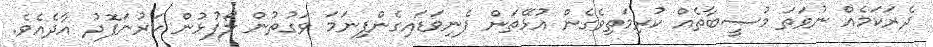
ދެރަކަމެއް ނުވަތަ މުޞީބާތެއް ކުރިމަތިވެގެން އުޅޭތަން ފެނިވަޑައިގެންފިނަމަ ވަގުތުން ލޯފުޅުން ކަރުނަފޮދު އާދެއެވެ.